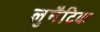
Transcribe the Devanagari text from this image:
लुनैटिक